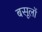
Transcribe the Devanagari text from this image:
बसूलों